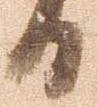
日